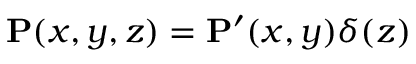
\mathbf { P } ( x , y , z ) = \mathbf { P } ^ { \prime } ( x , y ) \delta ( z )